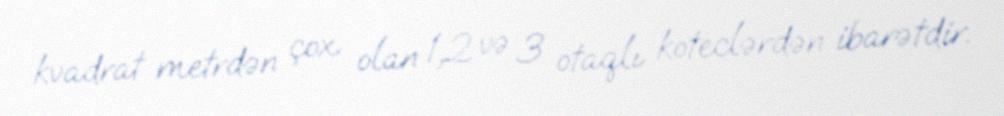
kvadrat metrdən çox olan 1,2 və 3 otaqlı koteclərdən ibarətdir.